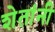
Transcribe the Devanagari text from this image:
शेतांनी